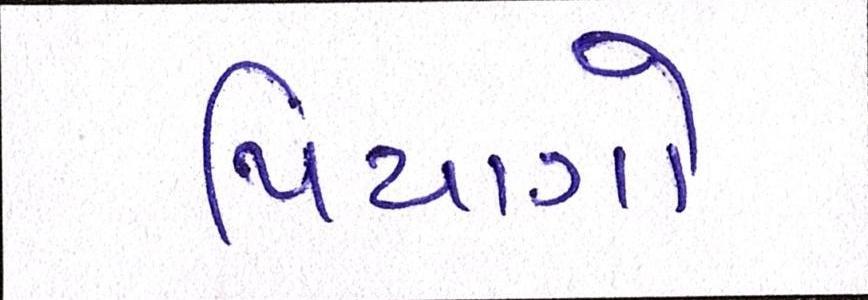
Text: પિયાગો